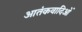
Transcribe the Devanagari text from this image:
आतंकवादिओं